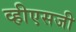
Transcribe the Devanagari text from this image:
व्हीएसजी